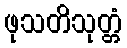
ဖုသတိသုတ္တံ